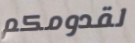
لقدومكم